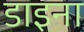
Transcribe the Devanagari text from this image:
डाइना